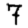
Digit: 7